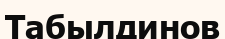
Табылдинов